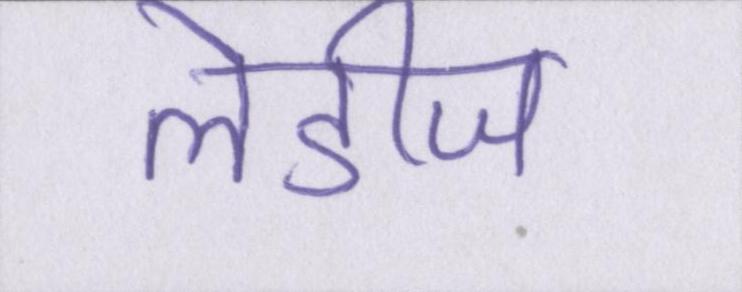
लेडीज